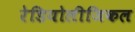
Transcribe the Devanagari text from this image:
रेडियोलीजिकल